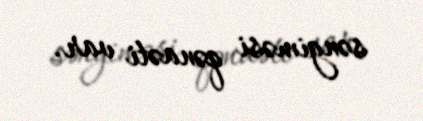
səngiməsi qənaəti var.